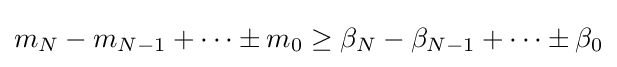
m_{N}-m_{N-1}+\dots \pm m_{0}\geq \beta _{N}-\beta _{N-1}+\dots \pm \beta _{0}